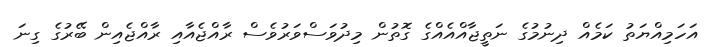
އަހަމިއްޔަތު ކަމެއް ދިނުމުގެ ނަތީޖާއްއެއްގެ ގޮތުން މިދުވަސްވަރުވެސް ރާއްޖެއާއި ރާއްޖެއިން ބޭރުގެ ގިނަ